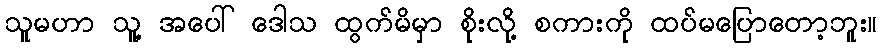
သူမဟာ သူ့ အပေါ် ဒေါသ ထွက်မိမှာ စိုးလို့ စကားကို ထပ်မပြောတော့ဘူး။